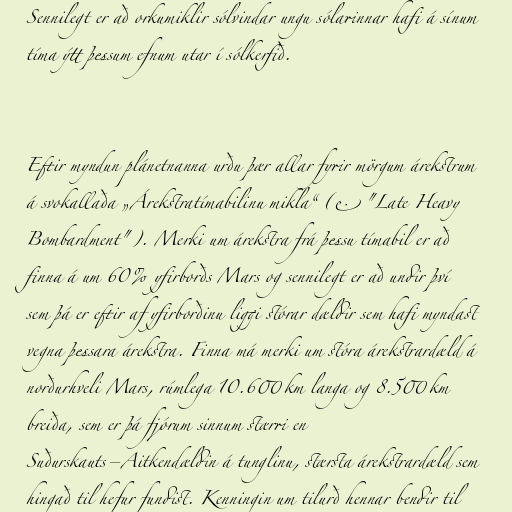
Sennilegt er að orkumiklir sólvindar ungu sólarinnar hafi á sínum
tíma ýtt þessum efnum utar í sólkerfið.

Eftir myndun plánetnanna urðu þær allar fyrir mörgum árekstrum
á svokallaða „Árekstratímabilinu mikla“ (e. "Late Heavy
Bombardment"). Merki um árekstra frá þessu tímabil er að
finna á um 60% yfirborðs Mars og sennilegt er að undir því
sem þá er eftir af yfirborðinu liggi stórar dældir sem hafi myndast
vegna þessara árekstra. Finna má merki um stóra árekstrardæld á
norðurhveli Mars, rúmlega 10.600 km langa og 8.500 km
breiða, sem er þá fjórum sinnum stærri en
Suðurskauts–Aitkendældin á tunglinu, stærsta árekstrardæld sem
hingað til hefur fundist. Kenningin um tilurð hennar bendir til